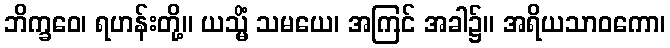
ဘိက္ခဝေ၊ ရဟန်းတို့။ ယသ္မိံ သမယေ၊ အကြင် အခါ၌။ အရိယသာဝကော၊